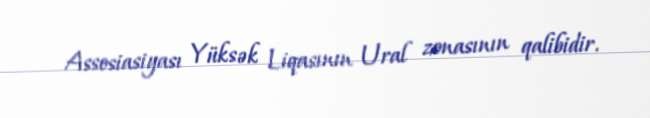
Assosiasiyası Yüksək Liqasının Ural zonasının qalibidir.